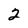
Character: 2